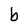
Character: b